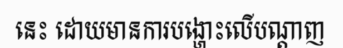
នេះ ដោយមានការបង្ហោះលើបណ្តាញ